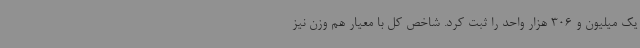
یک میلیون و 306 هزار واحد را ثبت کرد. شاخص کل با معیار هم وزن نیز